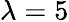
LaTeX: \lambda=5